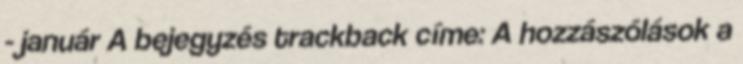
- január A bejegyzés trackback címe: A hozzászólások a